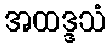
အထဒ္ဒသံ